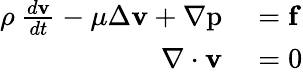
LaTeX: \begin{array}{rl}{\rho\: \frac{d\mathbf{v}}{dt}-\mu\Delta\mathbf{v}+\nabla\mathrm{p}}&{{}=\mathbf{f}}\\ {\nabla\cdot\mathbf{v}}&{{}=0}\end{array}